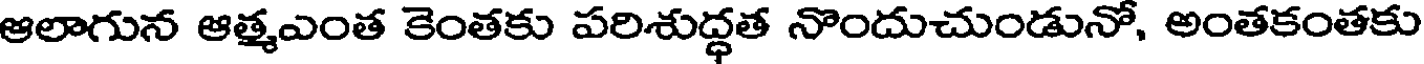
ఆలాగున ఆత్మఎంత కెంతకు పరిశుద్ధత నొందుచుండునో, అంతకంతకు